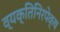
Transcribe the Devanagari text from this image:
व्यक्तिनिरपेक्ष